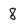
Character: 8